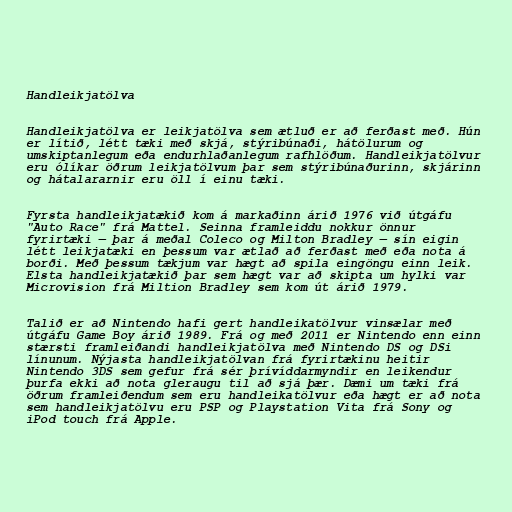
Handleikjatölva

Handleikjatölva er leikjatölva sem ætluð er að ferðast með. Hún
er lítið, létt tæki með skjá, stýribúnaði, hátölurum og
umskiptanlegum eða endurhlaðanlegum rafhlöðum. Handleikjatölvur
eru ólíkar öðrum leikjatölvum þar sem stýribúnaðurinn, skjárinn
og hátalararnir eru öll í einu tæki.

Fyrsta handleikjatækið kom á markaðinn árið 1976 við útgáfu
"Auto Race" frá Mattel. Seinna framleiddu nokkur önnur
fyrirtæki — þar á meðal Coleco og Milton Bradley — sín eigin
létt leikjatæki en þessum var ætlað að ferðast með eða nota á
borði. Með þessum tækjum var hægt að spila eingöngu einn leik.
Elsta handleikjatækið þar sem hægt var að skipta um hylki var
Microvision frá Miltion Bradley sem kom út árið 1979.

Talið er að Nintendo hafi gert handleikatölvur vinsælar með
útgáfu Game Boy árið 1989. Frá og með 2011 er Nintendo enn einn
stærsti framleiðandi handleikjatölva með Nintendo DS og DSi
línunum. Nýjasta handleikjatölvan frá fyrirtækinu heitir
Nintendo 3DS sem gefur frá sér þrívíddarmyndir en leikendur
þurfa ekki að nota gleraugu til að sjá þær. Dæmi um tæki frá
öðrum framleiðendum sem eru handleikatölvur eða hægt er að nota
sem handleikjatölvu eru PSP og Playstation Vita frá Sony og
iPod touch frá Apple.